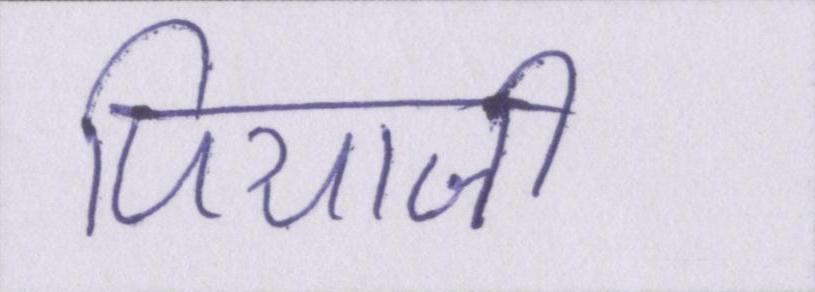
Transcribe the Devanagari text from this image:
पियाजी